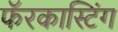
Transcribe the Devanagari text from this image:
फॅरकास्टिंग